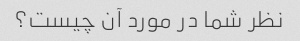
نظر شما در مورد آن چیست؟